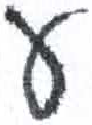
אות: ע